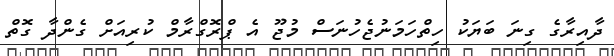
ދާއިރާގެ ގިނަ ބަޔަކު ހިތްހަމަނުޖެހުނަސް މުޖޫ އެ ޕްރޮގްރާމް ކުރިއަށް ގެންދާ ގޮތް